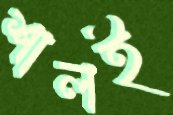
শালই